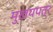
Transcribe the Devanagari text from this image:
मुखयपत्र